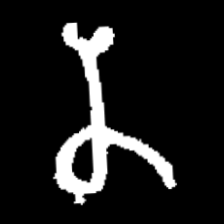
Pyu character \u2014 Myanmar letter: န (romanized: na)